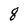
Character: 8